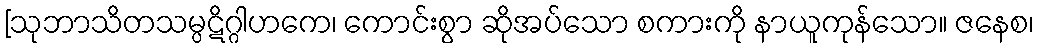
[သုဘာသိတသမ္ပဋိဂ္ဂါဟကေ၊ ကောင်းစွာ ဆိုအပ်သော စကားကို နာယူကုန်သော။ ဇနေစ၊